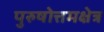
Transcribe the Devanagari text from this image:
पुरुषोत्तमक्षेत्र